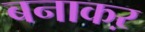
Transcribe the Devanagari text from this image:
बनाकऱ